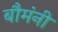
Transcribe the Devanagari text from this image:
बौमंनी